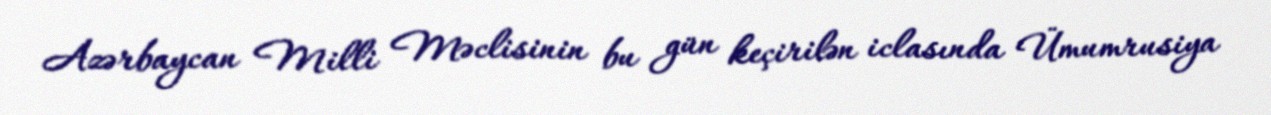
Azərbaycan Milli Məclisinin bu gün keçirilən iclasında Ümumrusiya